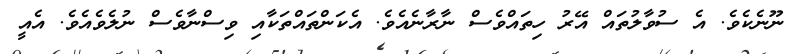
ނޫނެކެވެ. އެ ސުވާލުތައް އޭރު ހިތައްވެސް ނާރާނެއެވެ. އެކަންތައްތަކާއި ވިސްނާވެސް ނުލެވެއެވެ. އެއީ